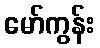
မော်ကွန်း